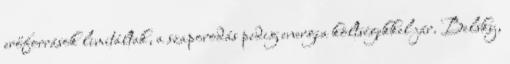
erőforrások limitáltak, a szaporodás pedig energia költségekkel jár. Belsky,